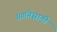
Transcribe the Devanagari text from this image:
गणनेसाठी